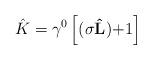
LaTeX: \begin{align*}\hat K=\gamma ^0\left[ ({\bf \sigma \hat L)+}1\right]\end{align*}